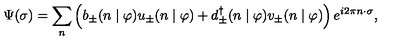
\Psi ( \sigma ) = \sum _ { n } \left( b _ { \pm } ( n \mid \varphi ) u _ { \pm } ( n \mid \varphi ) + d _ { \pm } ^ { \dagger } ( n \mid \varphi ) v _ { \pm } ( n \mid \varphi ) \right) e ^ { i 2 \pi n \cdot \sigma } ,